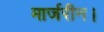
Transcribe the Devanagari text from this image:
मार्जरीन।